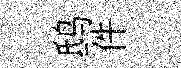
鸱件